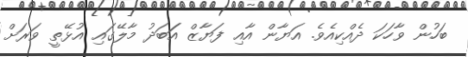
ބަހުން ވާހަކަ ދެއްކިއެވެ. އަޔާން އާއި ފަޔާޒް އަަބަދު މާލޭގައި އުޅޭތީ ވަރަށް